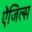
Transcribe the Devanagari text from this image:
ऐंजिल्‍स